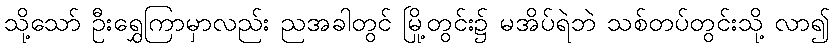
သို့သော် ဦးရွှေကြာမှာလည်း ညအခါတွင် မြို့တွင်း၌ မအိပ်ရဲဘဲ သစ်တပ်တွင်းသို့ လာ၍